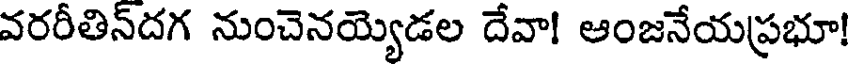
వరరీతిన్దగ నుంచెనయ్యెడల దేవా! ఆంజనేయప్రభూ!